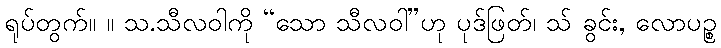
ရုပ်တွက်။ ။ သ.သီလဝါကို “သော သီလဝါ”ဟု ပုဒ်ဖြတ်၊ သ် ခွင်း, လောပဉ္စ